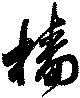
檣